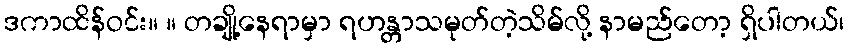
ဒကာထိန်ဝင်း။ ။ တချို့နေရာမှာ ရဟန္တာသမုတ်တဲ့သိမ်လို့ နာမည်တော့ ရှိပါတယ်၊